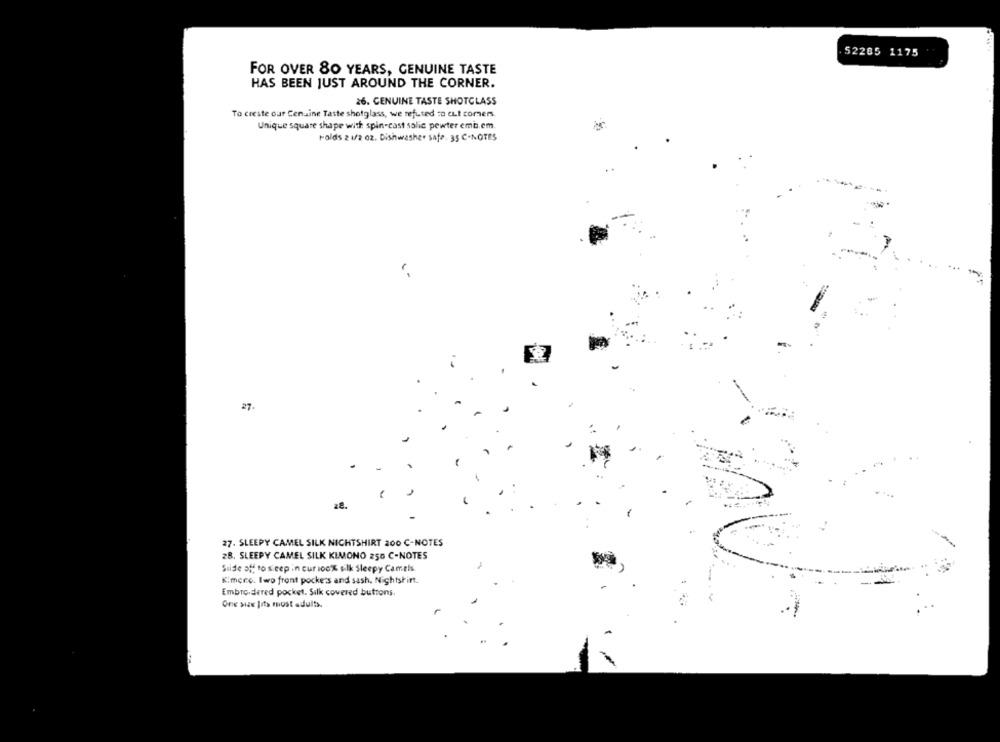
52205 1175
FOR OVER 80 YEARS, GENUINE TASTE
HAS BEEN JUST AROUND THE CORNER.
26. CENUINE TASTE SHOTGLASS
To create our Cenuine Taste shotglass, we refused to cut comers.
Unique square shape with spin-cast solic pewter emb.em.
Folds 2 1/2 02. Dishwasher safe. 35 C-NOTES
27.
a8.
27. SLEEPY CAMEL SILK NICHTSHIRT 200 C-NOTES
2B, SLEEPY CAMEL SILK KIMONO 250 C-NOTES
Silde off to sleep in cur 100% silk Sleepy Camels
Kimere. Iwo front pockets and sash, Nightshint.
Embroidered pocket. Silk covered buttons,
One size fits most adults.